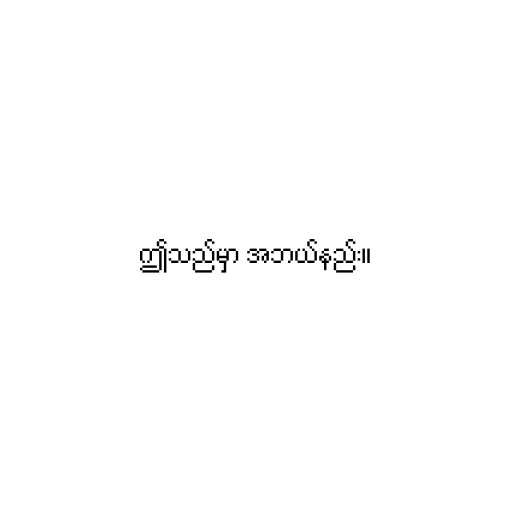
ဤသည်မှာ အဘယ်နည်း။